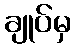
ချုပ်မှ